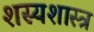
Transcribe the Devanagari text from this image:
शस्यशास्त्र